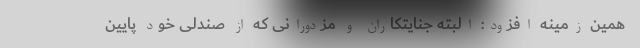
همین زمینه افزود: البته جنایتکاران و مزدورانی که از صندلی خود پایین